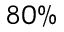
8 0 \%